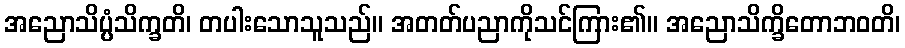
အညောသိပ္ပံသိက္ခတိ၊ တပါးသောသူသည်။ အတတ်ပညာကိုသင်ကြား၏။ အညောသိက္ခိတောဘဝတိ၊